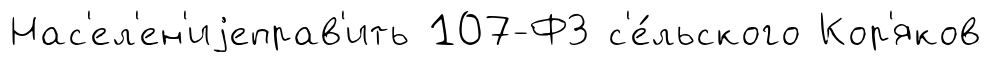
Нас'ел'ен'иjеправ'ить 107-ФЗ с'е́льского Кор'яков